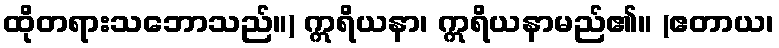
ထိုတရားသဘောသည်။) ဣရိယနာ၊ ဣရိယနာမည်၏။ (ဧတာယ၊